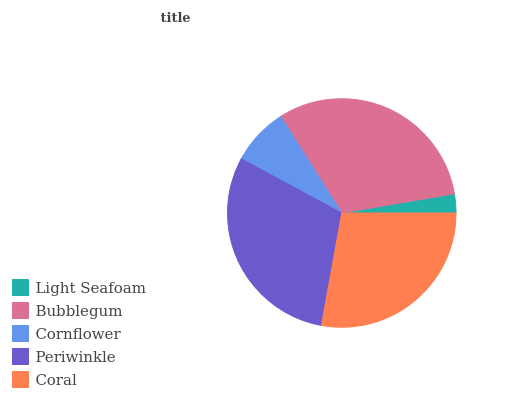
| Light Seafoam | Bubblegum | Cornflower | Periwinkle | Coral |
 | --- | --- | --- | --- | --- |
 | 2.69% | 31.3% | 8.15% | 30% | 27.8% |